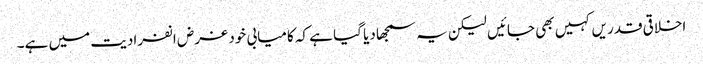
اخلاقی قدریں کہیں بھی جائیں لیکن یہ سمجھا دیا گیا ہے کہ کامیابی خود غرض انفرادیت میں ہے۔